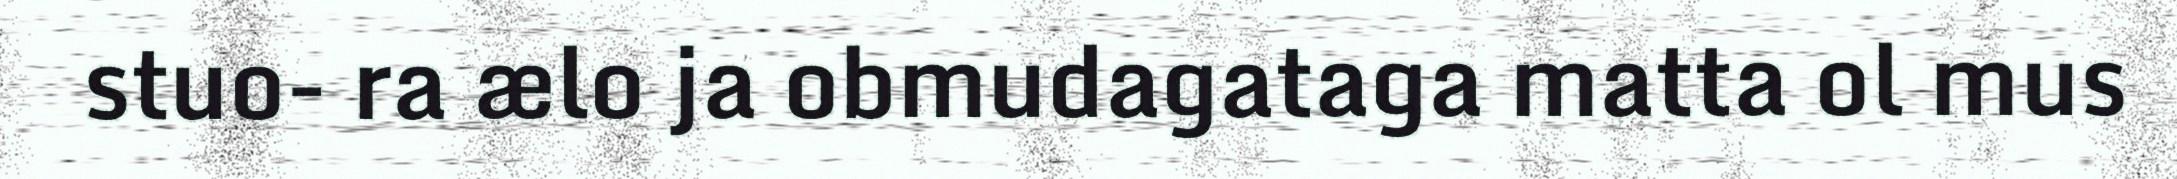
stuo- ra ælo ja obmudagataga matta ol mus